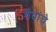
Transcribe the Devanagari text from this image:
शैवांचे